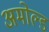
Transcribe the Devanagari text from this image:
अमोल्ड